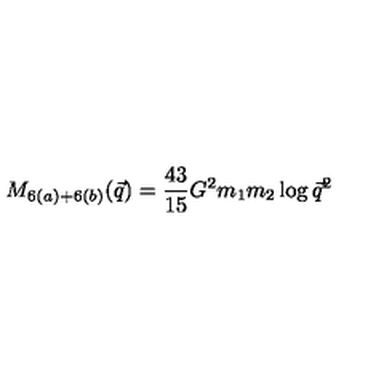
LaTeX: M _ { 6 ( a ) + 6 ( b ) } ( \vec { q } ) = { \frac { 4 3 } { 1 5 } } G ^ { 2 } m _ { 1 } m _ { 2 } \log \vec { q } ^ { 2 }